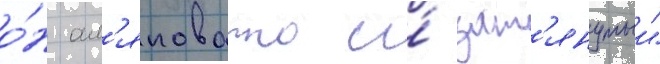
о́н ал'яповато и́ зат'янутыи"